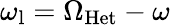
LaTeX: \omega_{\mathrm{l}}=\Omega_{\mathrm{Het}}-\omega